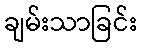
ချမ်းသာခြင်း